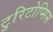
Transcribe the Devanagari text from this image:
टुरिटोप्सिस